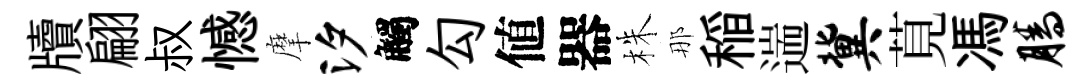
牘翩叔憾摩汐觸勾値器株那稲遄冀莧馮腾